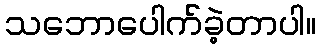
သဘောပေါက်ခဲ့တာပါ။